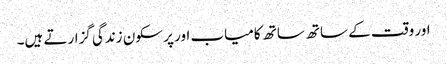
اور وقت کے ساتھ ساتھ کامیاب اور پر سکون زندگی گزارتے ہیں۔